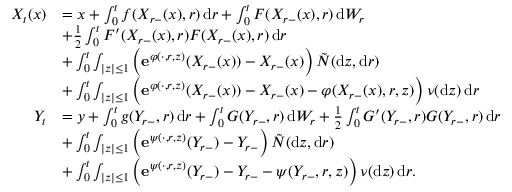
\begin{array} { r l } { X _ { t } ( x ) } & { = x + \int _ { 0 } ^ { t } f ( X _ { r - } ( x ) , r ) \, \mathrm { d } r + \int _ { 0 } ^ { t } F ( X _ { r - } ( x ) , r ) \, \mathrm { d } W _ { r } } \\ & { + \frac 1 2 \int _ { 0 } ^ { t } F ^ { \prime } ( X _ { r - } ( x ) , r ) F ( X _ { r - } ( x ) , r ) \, \mathrm { d } r } \\ & { + \int _ { 0 } ^ { t } \int _ { | z | \leq 1 } \Big ( \mathbf { e } ^ { \varphi ( \cdot , r , z ) } ( X _ { r - } ( x ) ) - X _ { r - } ( x ) \Big ) \, \tilde { N } ( \mathrm { d } z , \mathrm { d } r ) } \\ & { + \int _ { 0 } ^ { t } \int _ { | z | \leq 1 } \Big ( \mathbf { e } ^ { \varphi ( \cdot , r , z ) } ( X _ { r - } ( x ) ) - X _ { r - } ( x ) - \varphi ( X _ { r - } ( x ) , r , z ) \Big ) \, \nu ( \mathrm { d } z ) \, \mathrm { d } r } \\ { Y _ { t } } & { = y + \int _ { 0 } ^ { t } g ( Y _ { r - } , r ) \, \mathrm { d } r + \int _ { 0 } ^ { t } G ( Y _ { r - } , r ) \, \mathrm { d } W _ { r } + \frac 1 2 \int _ { 0 } ^ { t } G ^ { \prime } ( Y _ { r - } , r ) G ( Y _ { r - } , r ) \, \mathrm { d } r } \\ & { + \int _ { 0 } ^ { t } \int _ { | z | \leq 1 } \Big ( \mathbf { e } ^ { \psi ( \cdot , r , z ) } ( Y _ { r - } ) - Y _ { r - } \Big ) \, \tilde { N } ( \mathrm { d } z , \mathrm { d } r ) } \\ & { + \int _ { 0 } ^ { t } \int _ { | z | \leq 1 } \Big ( \mathbf { e } ^ { \psi ( \cdot , r , z ) } ( Y _ { r - } ) - Y _ { r - } - \psi ( Y _ { r - } , r , z ) \Big ) \, \nu ( \mathrm { d } z ) \, \mathrm { d } r . } \end{array}